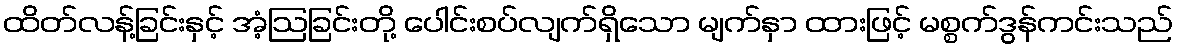
ထိတ်လန့်ခြင်းနှင့် အံ့ဩခြင်းတို့ ပေါင်းစပ်လျက်ရှိသော မျက်နှာ ထားဖြင့် မစ္စက်ဒွန်ကင်းသည်